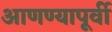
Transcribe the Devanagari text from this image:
आणण्यापूर्वी